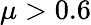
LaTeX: \mu>0.6